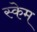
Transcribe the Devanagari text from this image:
स्केम